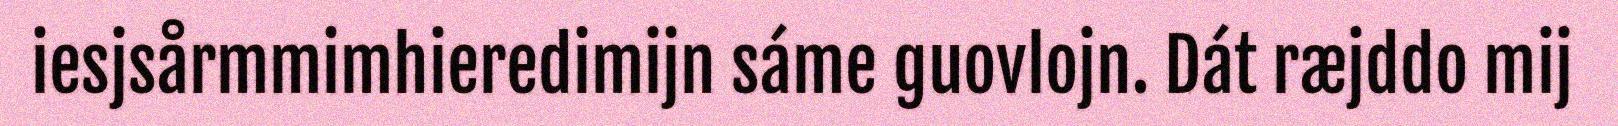
iesjsårmmimhieredimijn sáme guovlojn. Dát ræjddo mij